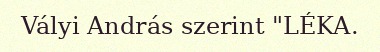
Vályi András szerint "LÉKA.